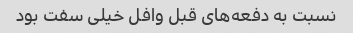
نسبت به دفعه‌های قبل وافل خیلی سفت بود